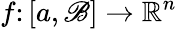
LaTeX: f\colon[a,\mathscr{B}]\to\mathbb{{R}}^{n}